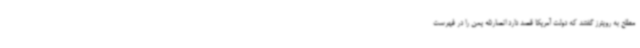
مطلع به رویترز گفتند که دولت آمریکا قصد دارد انصارالله یمن را در فهرست